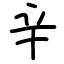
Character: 辛